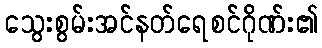
သွေးစွမ်းအင်နတ်ရေစင်ဂိုဏ်း၏